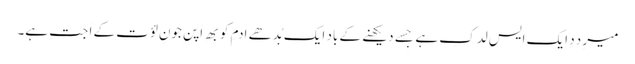
میرِ دِدِ ایک ایسِ لدکِ ہے جِسے دیکھنے کے باد ایک بُدھے اَدمِ کو بھِ اَپنِ جونِ لؤت کے اَ جتِ ہے۔